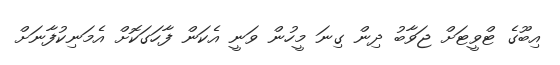
އިބޫގެ ޓްވީޓަށް ޖަވާބު ދިން ގިނަ މީހުން ވަނީ އެކަން ފާހަގަކޮށް އެމަނިކުފާނަށް